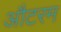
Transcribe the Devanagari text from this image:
औटरम